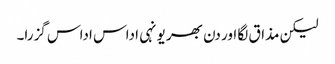
لیکن مذاق لگا اور دن بھر یونہی اداس اداس گزرا۔